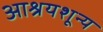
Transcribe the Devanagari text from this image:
आश्रयशून्य